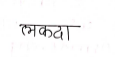
मजकूर: लकदा